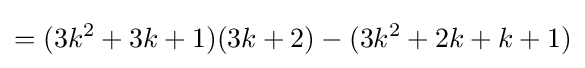
=(3k^{2}+3k+1)(3k+2)-(3k^{2}+2k+k+1)